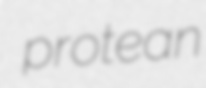
protean